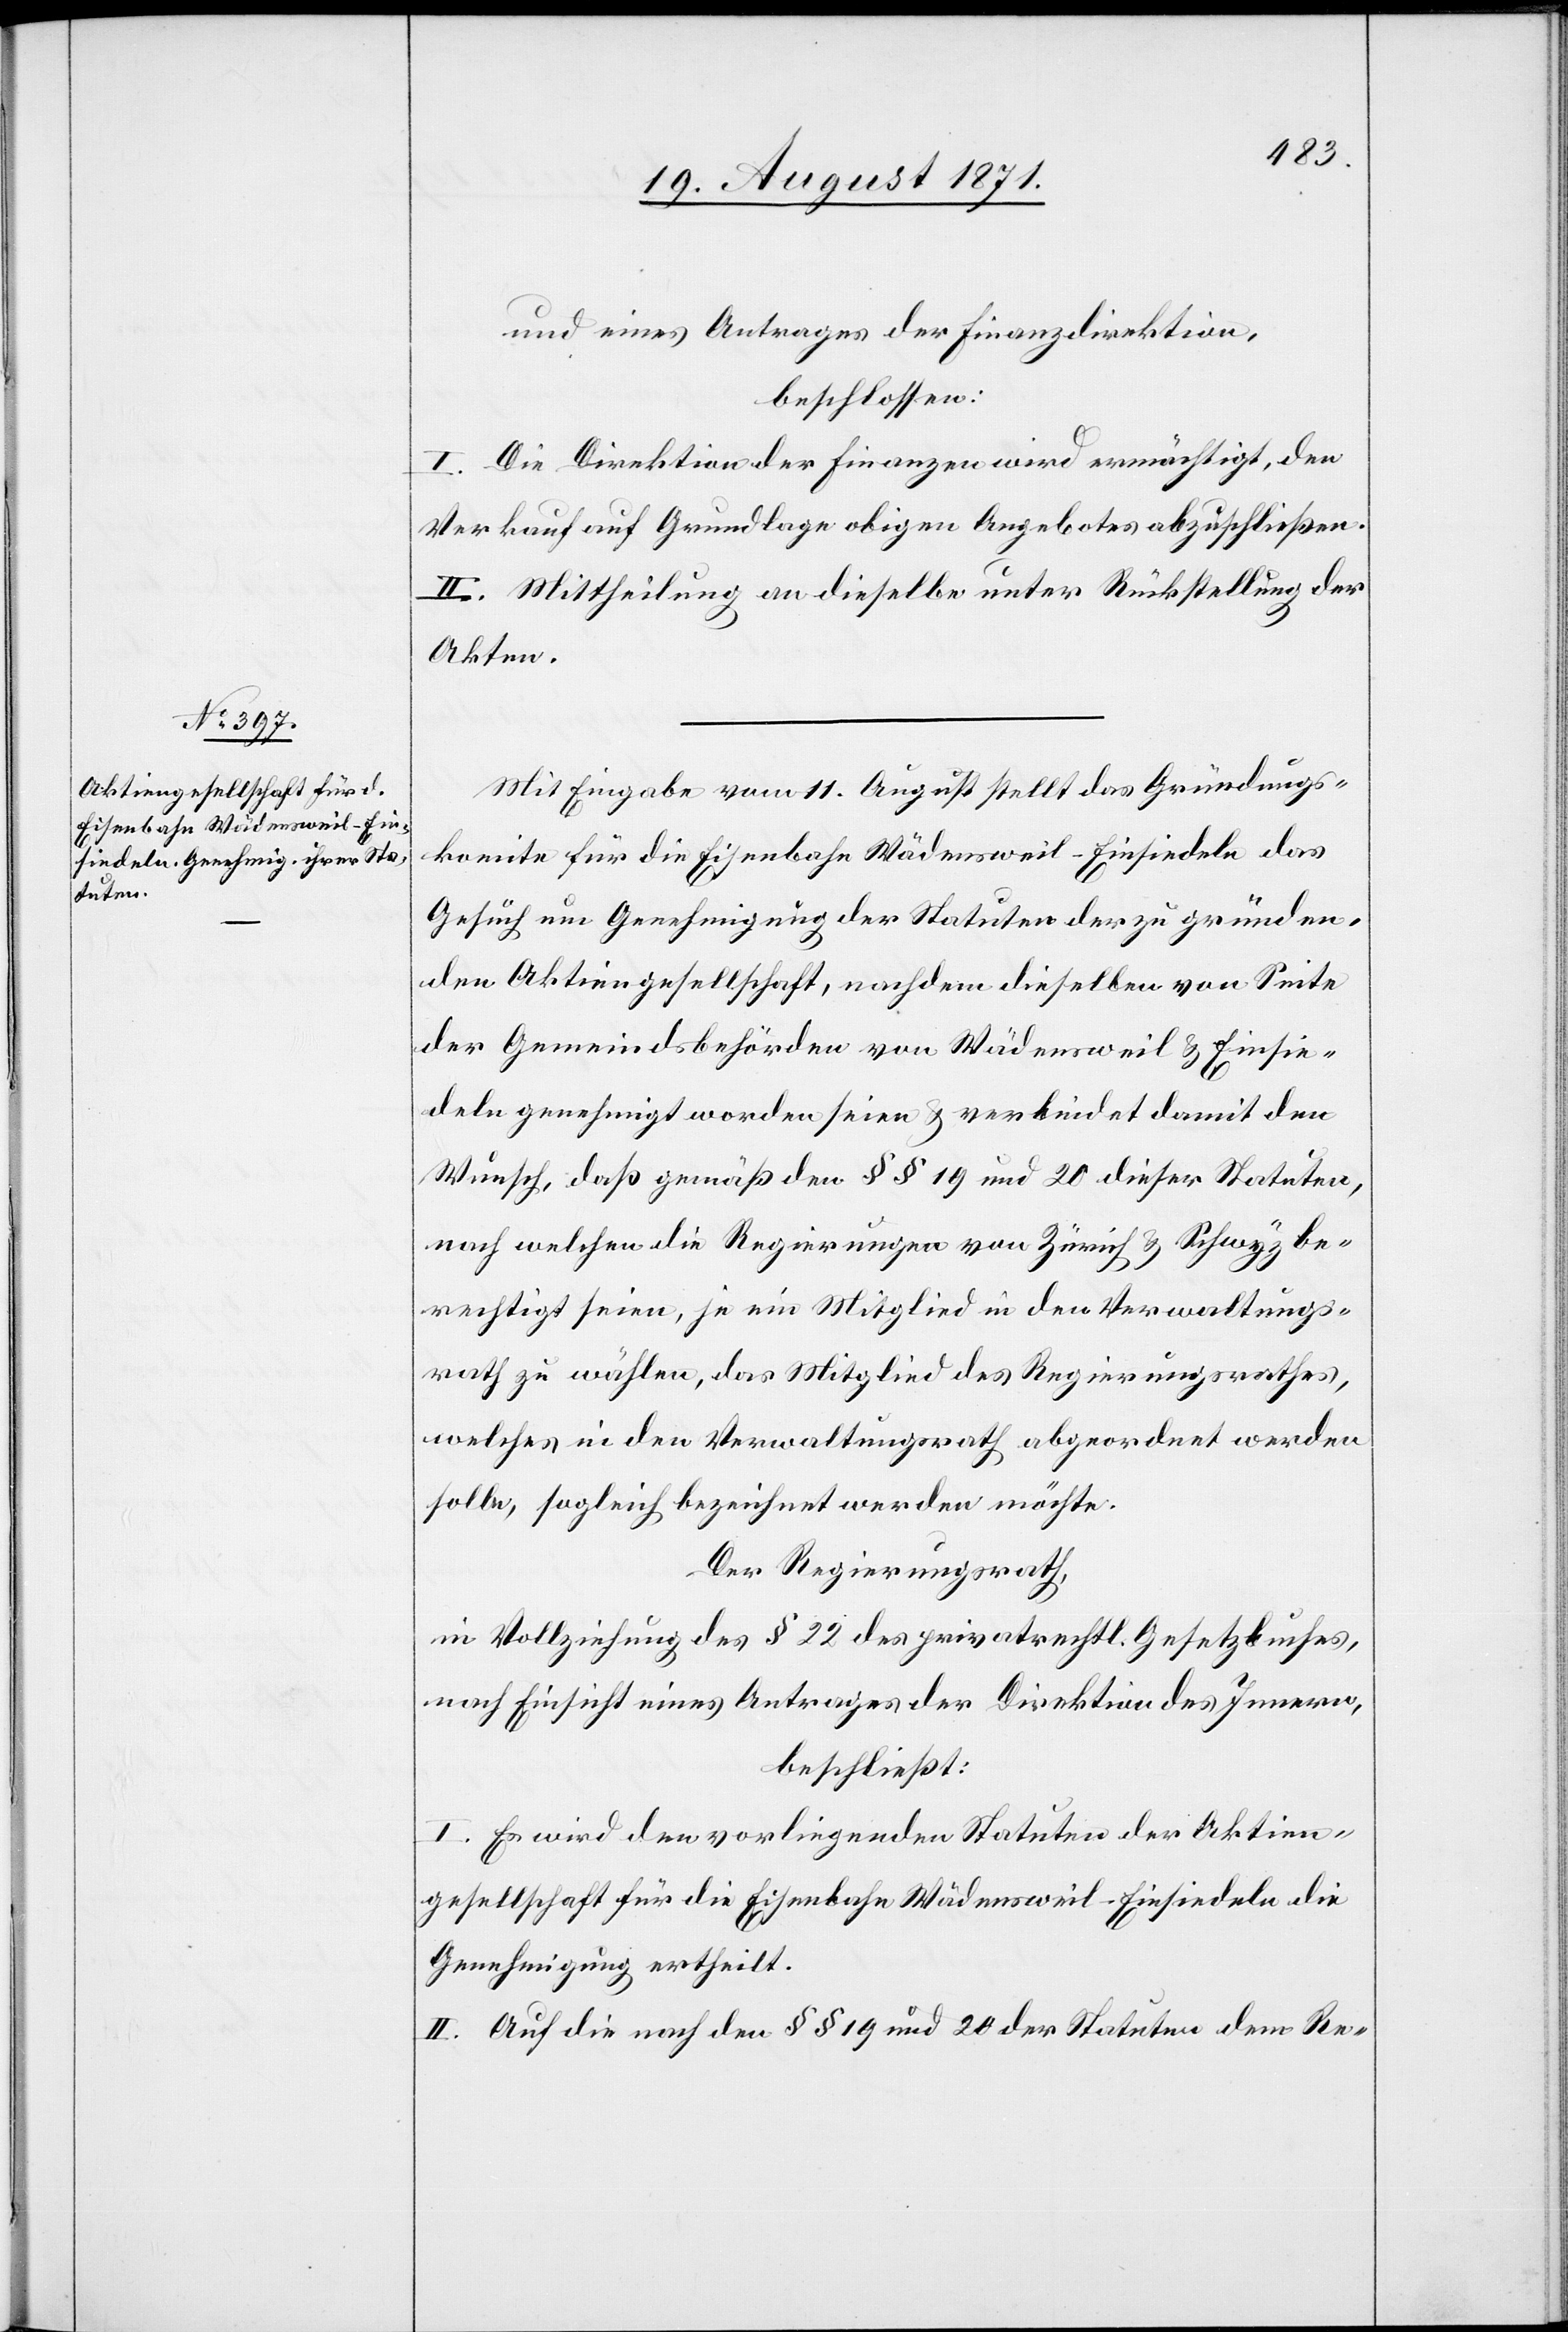
und eines Antrages der Finanzdirektion,
beschlossen:
I. Die Direktion der Finanzen wird ermächtigt, den
Verkauf auf Grundlage obigen Angebotes abzuschließen.
II. Mittheilung an dieselbe unter Rückstellung der
Akten.
Mit Eingabe vom 11. August stellt das Gründungs¬
komite für die Eisenbahn Wädensweil–Einsiedeln das
Gesuch um Genemigung der Statuten der zu gründen¬
den Aktiengesellschaft, nachdem dieselben von Seite
der Gemeindsbehörden von Wädensweil & Einsie¬
deln genehmigt worden seien & und verkündet damit den
Wunsch, daß gemäß den §§ 19 und 20 dieser Statuten,
nach welchen die Regierungen von Zürich & Schwyz be¬
rechtigt seien, je ein Mitglied in den Verwaltungs¬
rath zu wählen, das Mitglied des Regierungsrathes,
welches in den Verwaltungsrath abgeordnet werden
solle, sogleich bezeichnet werden möchte.
Der Regierungsrath,
in Vollziehung des § 22 des privatrechtl. Gesetzbuches,
nach Einsicht eines Antrages der Direktion des Innern,
beschließt:
I. Es wird den vorliegenden Statuten der Aktien¬
gesellschaft für die Eisenbahn Wändensweil–Einsiedeln die
Genehmigung ertheilt.
II. Auf die nach den §§ 19 und 20 der Statuten dem Re-